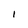
Character: I